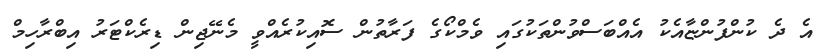
އެ ދެ ކުންފުންޏާއެކު އެއްބަސްވުންތަކުގައި ވެމްކޯގެ ފަރާތުން ސޮއިކުރެއްވީ މެނޭޖިން ޑިރެކްޓަރު އިބްރާހިމް